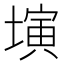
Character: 𡐔